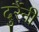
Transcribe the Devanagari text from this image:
दुर्रैनी